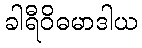
ခါရီဝိဓမာဒါယ